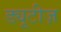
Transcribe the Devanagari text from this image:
ड्यूटीज़